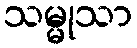
သမ္မုသာ